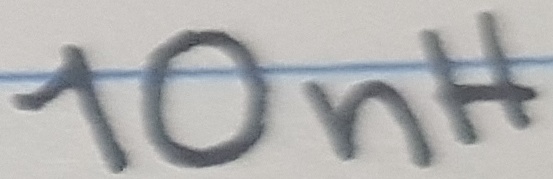
Text: 10nH